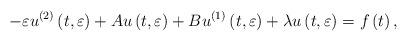
LaTeX: \begin{align*}\ -\varepsilon u^{\left( 2\right) }\left( t,\varepsilon \right) +Au\left(t,\varepsilon \right) +Bu^{\left( 1\right) }\left( t,\varepsilon \right)+\lambda u\left( t,\varepsilon \right) =f\left( t\right) , \end{align*}